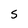
Character: S